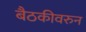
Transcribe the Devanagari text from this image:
बैठकीवरुन